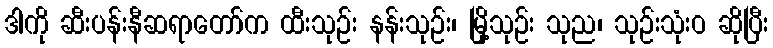
ဒါကို ဆီးပန်းနီဆရာတော်က ထီးသုဉ်း နန်းသုဉ်း၊ မြို့သုဉ်း သုည၊ သုဉ်းသုံးဝ ဆိုပြီး